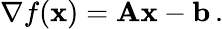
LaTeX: \nabla f(\mathbf{x})=\mathbf{A}\mathbf{x}-\mathbf{b}\, .